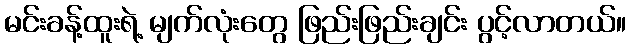
မင်းခန့်ထူးရဲ့ မျက်လုံးတွေ ဖြည်းဖြည်းချင်း ပွင့်လာတယ်။